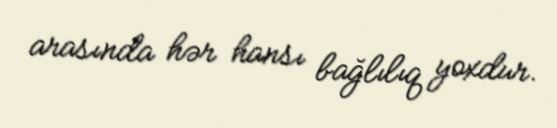
arasında hər hansı bağlılıq yoxdur.